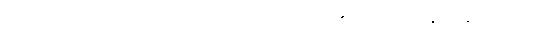
ပြောင်းဖူးပွင့်ပြာပြာတွေ ဖော်ထားသည့် ဂျိုလီယော့၏ လည်စည်းနှင့် ပိန်ချုံးနေသည့်